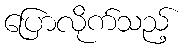
ပြောလိုက်သည့်